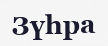
Зүһра